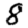
Digit: 8